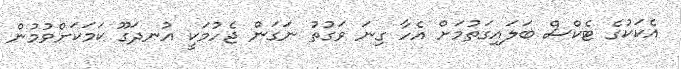
އެކަކުގެ ޓެކްސް ބަލައިގަތުމަށް އެހާ ގިނަ ވަގުތު ނަގަން ޖެހުމަކީ އުނދަގޫ ކަމަކަށްވުމުން